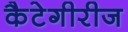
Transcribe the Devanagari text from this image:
कैटेगीरीज